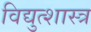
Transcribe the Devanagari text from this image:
विद्युत्शास्त्र